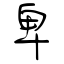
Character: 卑